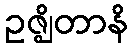
ဥဇ္ဈိတာနိ